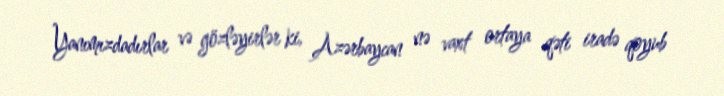
Yanımızdadırlar və gözləyirlər ki, Azərbaycan nə vaxt ortaya qəti iradə qoyub